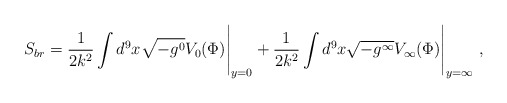
\begin{align*} S_{br}=\frac{1}{2k^{2}}\int d^{9}x \sqrt{-g^{0}}V_{0}(\Phi)\Bigg|_{y=0}+\frac{1}{2k^{2}}\int d^{9}x \sqrt{-g^{\infty}}V_{\infty}(\Phi)\Bigg|_{y=\infty}\ ,\end{align*}